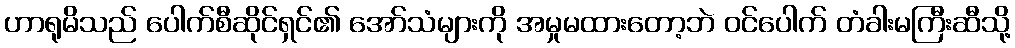
ဟာရုမိသည် ပေါက်စီဆိုင်ရှင်၏ အော်သံများကို အမှုမထားတော့ဘဲ ဝင်ပေါက် တံခါးမကြီးဆီသို့